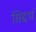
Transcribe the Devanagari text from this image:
सिद्दर्थ